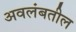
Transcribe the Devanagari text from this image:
अवलंबतील